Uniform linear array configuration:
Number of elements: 12
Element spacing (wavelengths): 0.5
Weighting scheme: cosine
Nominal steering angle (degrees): -15
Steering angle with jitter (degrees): -13.567
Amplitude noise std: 0.05
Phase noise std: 0.05

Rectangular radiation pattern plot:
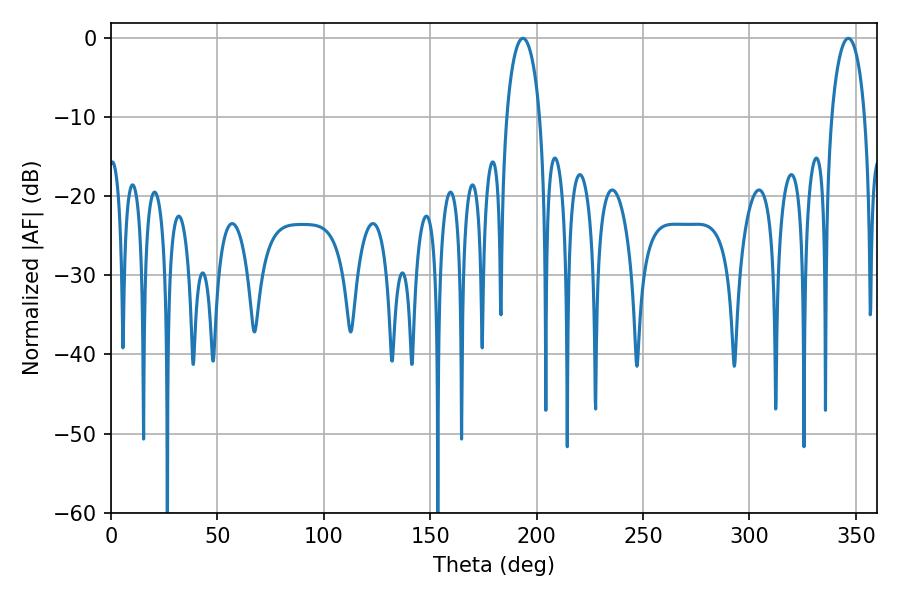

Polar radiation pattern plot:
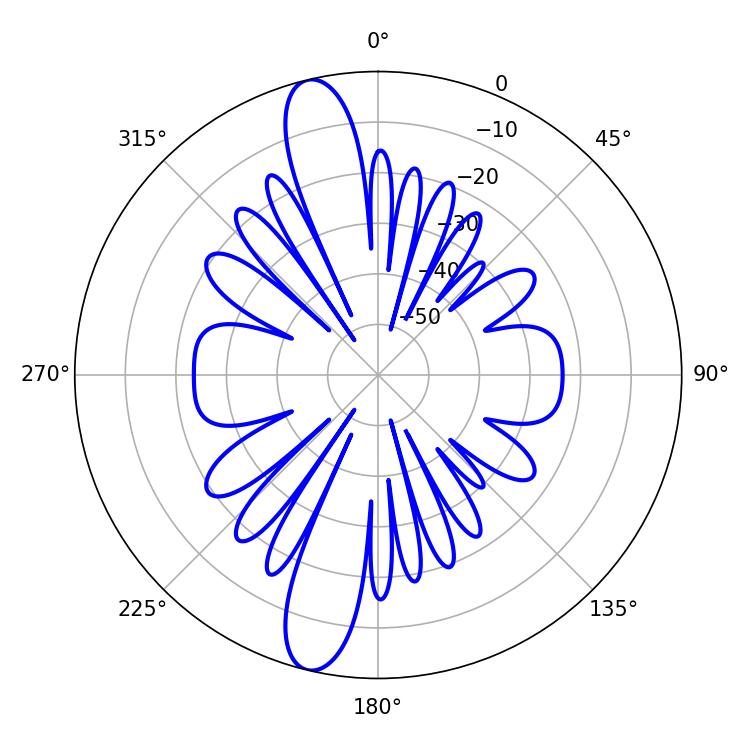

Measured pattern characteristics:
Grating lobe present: FALSE
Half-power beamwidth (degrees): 8.82
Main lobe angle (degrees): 193.5